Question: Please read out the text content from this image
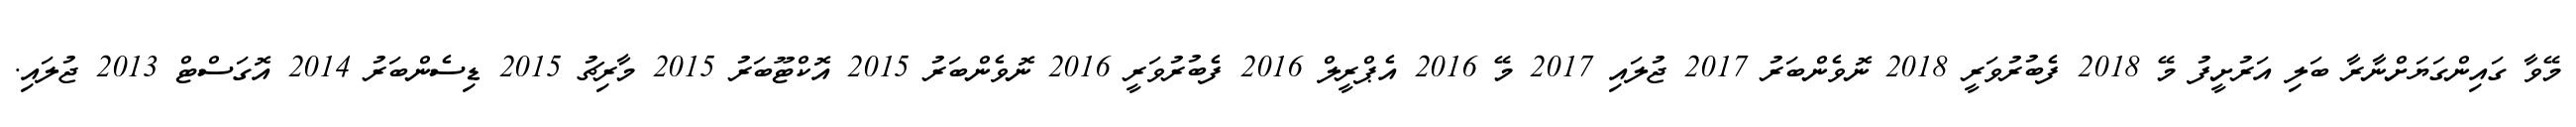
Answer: މޭވާ ގައިންގަޔަށްނާރާ ބަލި އަރުށީފު މޭ 2018 ފެބުރުވަރީ 2018 ނޮވެންބަރު 2017 ޖުލައި 2017 މޭ 2016 އެޕްރީލް 2016 ފެބުރުވަރީ 2016 ނޮވެންބަރު 2015 އޮކްޓޫބަރު 2015 މާރިޗު 2015 ޑިސެންބަރު 2014 އޮގަސްޓް 2013 ޖުލައި.